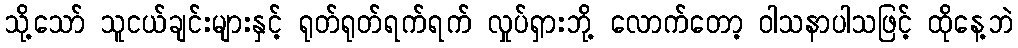
သို့သော် သူငယ်ချင်းများနှင့် ရုတ်ရုတ်ရက်ရက် လှုပ်ရှားဘို့ လောက်တော့ ဝါသနာပါသဖြင့် ထိုနေ့ဘဲ